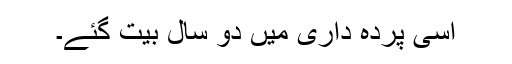
اسی پرده داری میں دو سال بیت گئے۔